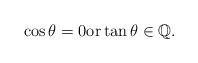
LaTeX: \begin{align*} \cos \theta =0 \textrm{or} \tan \theta \in \mathbb{Q}.\end{align*}